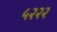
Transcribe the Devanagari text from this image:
५२२२